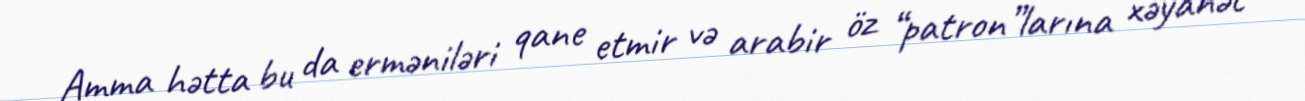
Amma hətta bu da erməniləri qane etmir və arabir öz “patron”larına xəyanət